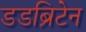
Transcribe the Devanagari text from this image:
डडब्रिटेन